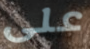
على